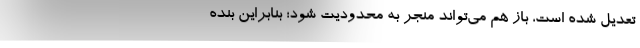
تعدیل شده است، باز هم می‌تواند منجر به محدودیت شود؛ بنابراین بنده